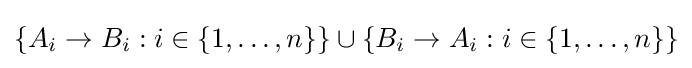
\{A_{i}\rightarrow B_{i}:i\in \{1,\dots ,n\}\}\cup \{B_{i}\rightarrow A_{i}:i\in \{1,\dots ,n\}\}